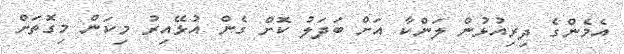
އެމެންގެ ދިރިއުޅުން ލަންކާ އަށް ބަދަލު ކޮށް ގެން އުޅޭއިރު މިކަން މިގޮތަށް